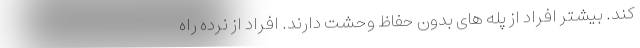
کند. بیشتر افراد از پله های بدون حفاظ وحشت دارند. افراد از نرده راه